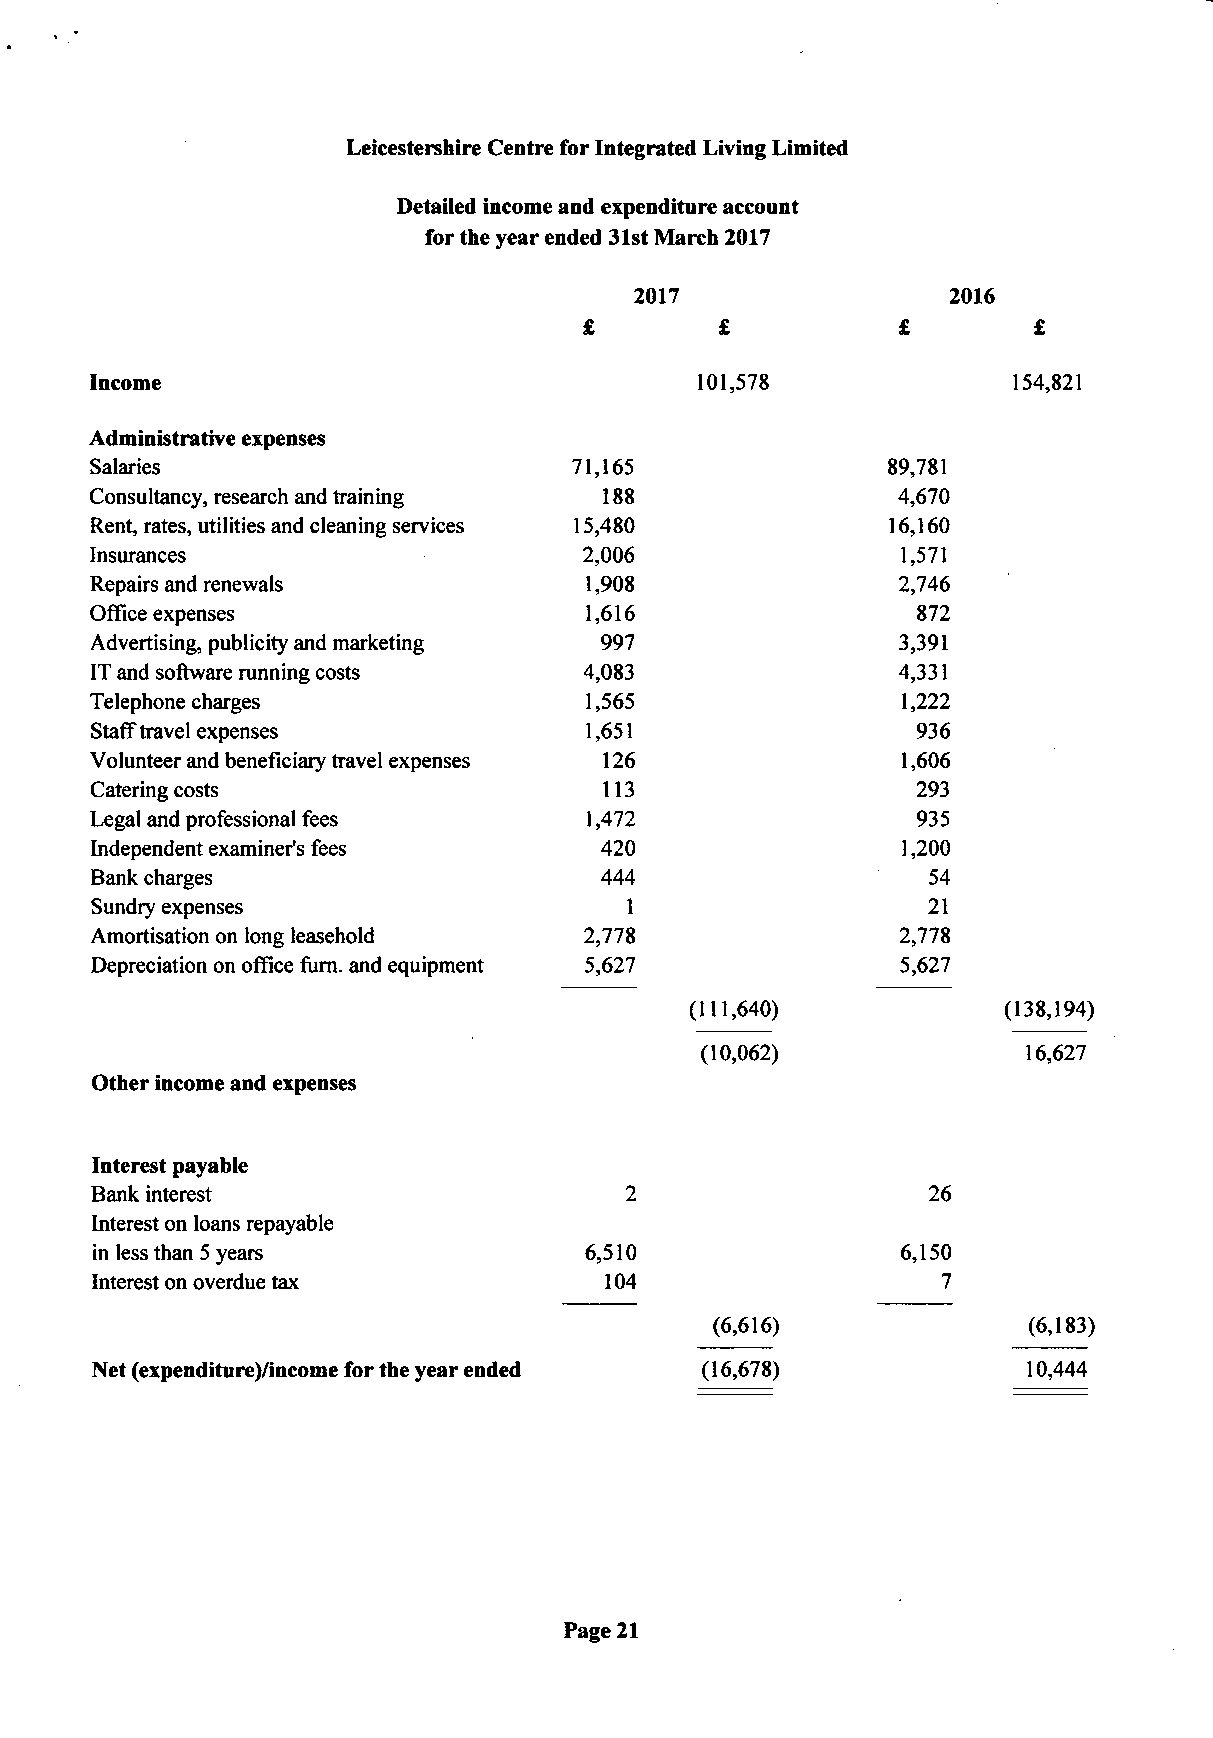
Leicestershire Centre for Integrated Living Limited
 Detailed income and expenditure account
 for the year ended 31st March 2017
 2017                 2016
 £        £          £        £
 Income                                  101,578              154,821
 Administrative expenses
 Salaries                        71,165               89,781
 Consultancy, research and training 188               4,670
 Rent, rates, utilities and cleaning services 15,480  16,160
 Insurances                       2,006                1,571
 Repairs and renewals             1,908               2,746
 Office expenses                  1,616                 872
 Advertising, publicity and marketing 997             3,391
 IT and software running costs    4,083               4,331
 Telephone charges                1,565                1,222
 Staff travel expenses            1,651                 936
 Volunteer and beneficiary travel expenses 126         1,606
 Catering costs                    113                  293
 Legal and professional fees      1,472                 935
 Independent examiner's fees       420                 1,200
 Bank charges                      444                  54
 Sundry expenses                    1                   21
 Amortisation on long leasehold   2,778                2,778
 Depreciation on office furn. and equipment 5,627      5,627
 (111,640)           (138,194)
 (10,062)              16,627
 Other income and expenses
 Interest payable
 Bank interest                       2                   26
 Interest on loans repayable
 in less than 5 years             6,510                6,150
 Interest on overdue tax           104                    7
 (6,616)              (6,183)
 Net (expenditure)/income for the year ended (16,678)          10,444
 Page 21